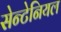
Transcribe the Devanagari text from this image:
सेन्टेनियल